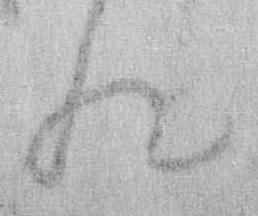
れ